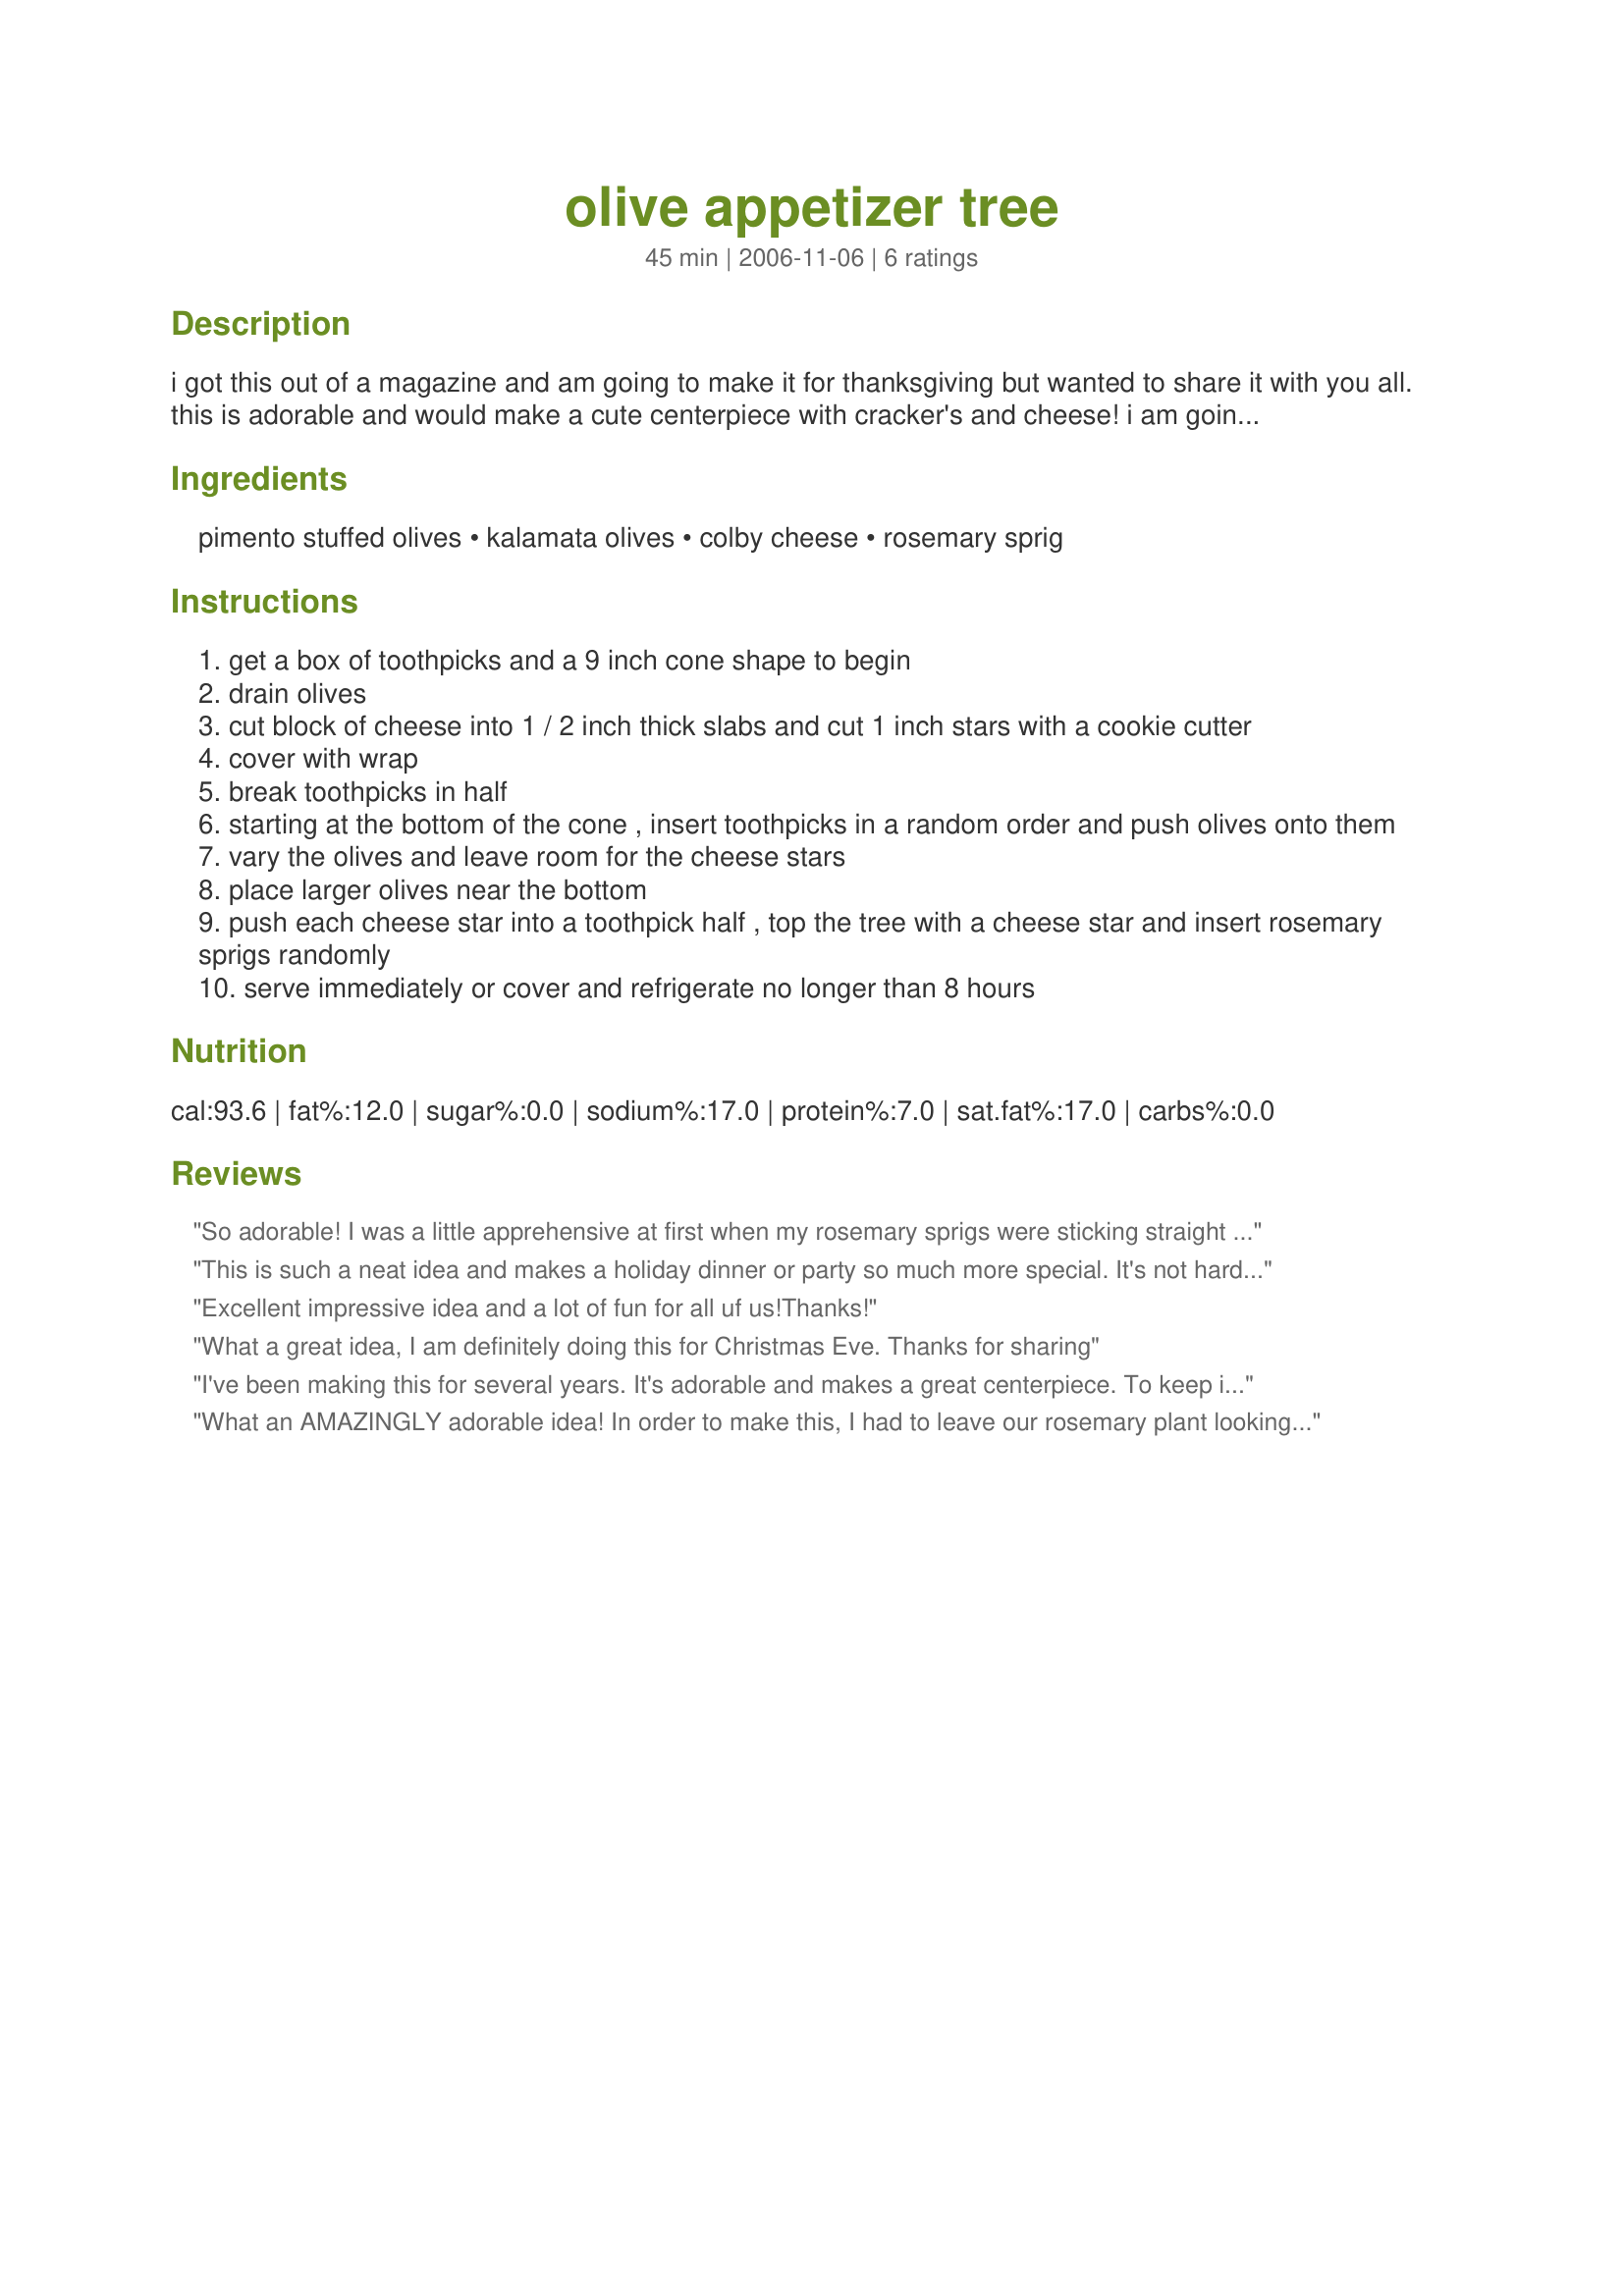
olive appetizer tree
Preparation time: 45 minutes

i got this out of a magazine and am going to make it for thanksgiving but wanted to share it with you all. this is adorable and would make a cute centerpiece with cracker's and cheese!

i am going to make it with black olives, pimento and kalamata olives.. prep time is a guess..

Ingredients:
pimento stuffed olives, kalamata olives, colby cheese, rosemary sprig

Steps:
get a box of toothpicks and a 9 inch cone shape to begin
drain olives
cut block of cheese into 1 / 2 inch thick slabs and cut 1 inch stars with a cookie cutter
cover with wrap
break toothpicks in half
starting at the bottom of the cone , insert toothpicks in a random order and push olives onto them
vary the olives and leave room for the cheese stars
place larger olives near the bottom
push each cheese star into a toothpick half , top the tree with a cheese star and insert rosemary sprigs randomly
serve immediately or cover and refrigerate no longer than 8 hours

Reviews:
So adorable! I was a little apprehensive at first when my rosemary sprigs were sticking straight out at you; however, once I filled the tree in with all its goodies, I was able to pin the excited rosemary down with the toothpicks and it came out so nice. I started by wrapping my cone in Saran wrap, and then pushed the rosemary into the styrofoam carefully. I then toothpick-ed queen and kalamata olives, baby mozzarella balls, and 1/2"-thick salami cut out with 1" heart cookie cutters all over the tree. Like *Kathy*, I too placed the Perky Olive Penguins around the base of the tree. I cannot believe I didn't take a picture of my masterpiece, but hopefully I can upload a picture from someone who did. Everyone raved about how cute this was. I will definitely be making this for future Christmases!
This is such a neat idea and makes a holiday dinner or party so much more special. It's not hard to do and makes a nice presentation in addition to a nice aroma from the rosemary. I will probably do this every year.
Excellent impressive idea and a lot of fun for all uf us!<br/>Thanks!
What a great idea, I am definitely doing this for Christmas Eve. Thanks for sharing
I've been making this for several years. It's adorable and makes a great centerpiece. To keep it stable, I also buy a round styrofoam disk to use as a base for the tree. The fresh rosemary smell is terrific.
What an AMAZINGLY adorable idea! In order to make this, I had to leave our rosemary plant looking like Charlie Brown's Christmas tree. *LOL* Also, I just cut the cheese (did I really just type that?) into tiny chunks rather than stars because all my original attempts ended in crumbled remnants of cheese... which my dad happily "disposed" of for me. For the top, I ate the guts out of a lemon (why yes, I DO eat lemons) and cut the peel into something almost star-shaped. This cute tree got lots of attention; still is even now that all the "food" has been eaten from it! Thank you, Faith, for a darling "recipe"! xxoo
